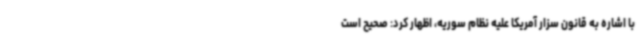
با اشاره به قانون سزار آمریکا علیه نظام سوریه، اظهار کرد: صحیح است